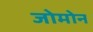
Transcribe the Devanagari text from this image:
जोमोन